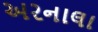
અરનાલા